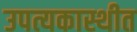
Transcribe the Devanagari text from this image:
उपत्यकास्थीत